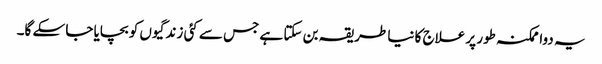
یہ دوا ممکنہ طور پر علاج کا نیا طریقہ بن سکتا ہے جس سے کئی زندگیوں کو بچایا جا سکے گا۔